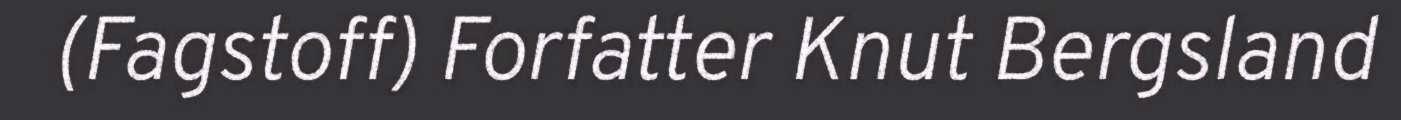
(Fagstoff) Forfatter Knut Bergsland